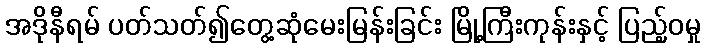
အဒိုနီရမ် ပတ်သတ်၍တွေ့ဆုံမေးမြန်းခြင်း မြို့ကြီးကုန်းနှင့် ပြည့်ဝမှု